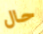
حال